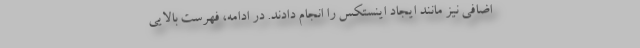
اضافی نیز مانند ایجاد اینستکس را انجام دادند. در ادامه، فهرست بالایی